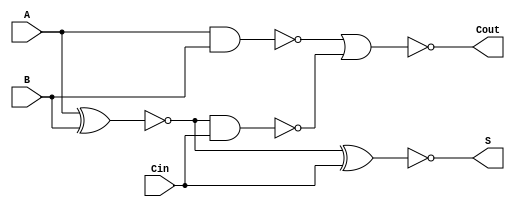
module NegativeCircuitFullAdder (
    input wire A,      // First input bit
    input wire B,      // Second input bit
    input wire Cin,    // Carry input bit
    output wire S,     // Sum output bit
    output wire Cout   // Carry output bit
);

    // Intermediate signals
    wire A_xor_B;      // A XOR B
    wire A_and_B;      // A AND B
    wire A_xor_B_and_Cin; // (A XOR B) AND Cin
    wire sum_temp;     // Temporary sum output
    wire carry_temp;   // Temporary carry output

    // Compute A XOR B
    assign A_xor_B = ~(A ^ B); // Inverted XOR for negative logic

    // Compute A AND B
    assign A_and_B = ~(A & B); // Inverted AND for negative logic

    // Compute (A XOR B) AND Cin
    assign A_xor_B_and_Cin = ~(A_xor_B & Cin); // Inverted AND for negative logic

    // Compute temporary sum output
    assign sum_temp = ~(A_xor_B ^ Cin); // Inverted XOR for negative logic

    // Compute carry output
    assign carry_temp = ~(A_and_B | A_xor_B_and_Cin); // Inverted OR for negative logic

    // Assign final outputs
    assign S = sum_temp;     // Final sum output
    assign Cout = carry_temp; // Final carry output

endmodule